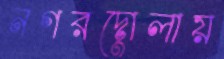
নগরদোলায়